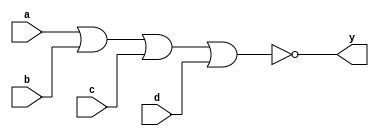
`timescale 1ns / 1ps
//////////////////////////////////////////////////////////////////////////////////
// Module Name: xup_nor4
//////////////////////////////////////////////////////////////////////////////////
module xup_nor4 #(parameter DELAY = 3)(
    input a,
    input b,
    input c,
    input d,
    output y
    );
    
    nor #DELAY (y,a,b,c,d);
    
endmodule